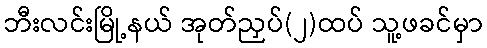
ဘီးလင်းမြို့နယ် အုတ်ညှပ်(၂)ထပ် သူ့ဖခင်မှာ